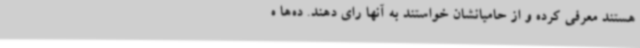
هستند معرفی کرده و از حامیانشان خواستند به آنها رای دهند. ده‌ها ه